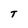
Character: T